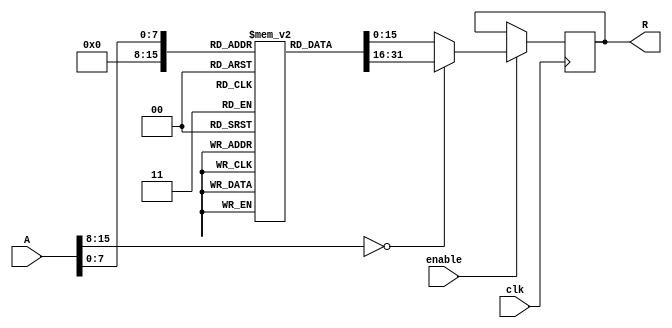
module approx_reciprocal (
    input  wire [15:0] A,      // Input data
    output reg  [15:0] R,      // Output data (approximate reciprocal)
    input  wire clk,            // Clock signal
    input  wire enable          // Enable signal for the computation
);

    // Define a lookup table for approximate reciprocals
    reg [15:0] lut [0:255]; // LUT for 256 entries (adjust size as needed)

    // Initialize the LUT with approximate reciprocal values
    initial begin
        // Populate the LUT with approximate reciprocal values
        // This is a simple example; you may want to calculate these values
        // based on your specific requirements.
        lut[0] = 16'hFFFF; // Handle division by zero case
        lut[1] = 16'h8000; // Approximate 1/1
        lut[2] = 16'h4000; // Approximate 1/2
        lut[3] = 16'h2AAA; // Approximate 1/3
        // ... Fill in the rest of the LUT ...
        lut[255] = 16'h0001; // Approximate 1/255
    end

    // Output generation logic
    always @(posedge clk) begin
        if (enable) begin
            // Normalize input to get an index for the LUT
            // Assuming A is in the range [0, 1) scaled to [0, 255]
            // You may need to adjust this normalization based on your input range
            if (A[15:8] == 8'h00) begin // Check if A is less than 1
                R <= lut[0]; // Return maximum error for division by zero
            end else begin
                R <= lut[A[7:0]]; // Use lower 8 bits of A as index
            end
        end
    end

endmodule